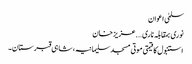
سلمیٰ اعوان
نوری بمقابلہ ناری….عزیز خان
استنبول کا قیمتی موتی مسجد سلیمانیہ ، شاہی قبرستان۔